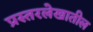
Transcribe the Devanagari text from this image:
प्रस्तरलेखातील